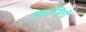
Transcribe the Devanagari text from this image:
असम्मिती